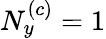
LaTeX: N_{y}^{\left(c\right)}=1